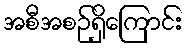
အစီအစဉ်ရှိကြောင်း